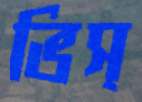
ভিস্